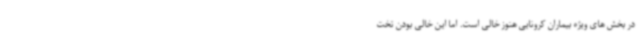
در بخش های ویژه بیماران کرونایی هنوز خالی است. اما این خالی بودن تخت